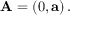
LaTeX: \mathbf { A } = \left( 0 , \mathbf { a } \right) .